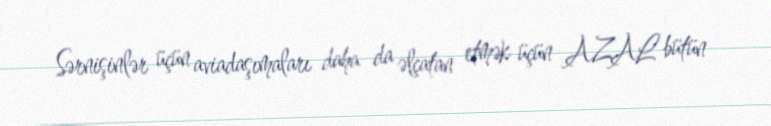
Sərnişinlər üçün aviadaşımaları daha da əlçatan etmək üçün AZAL bütün